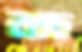
নাচ